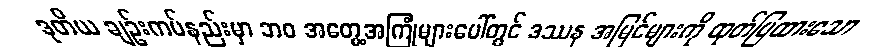
ဒုတိယ ချဉ်းကပ်နည်းမှာ ဘဝ အတွေ့အကြုံများပေါ်တွင် ဒဿန အမြင်များကို ထုတ်ပြထားသော